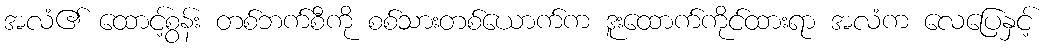
အလံ၏ ထောင့်စွန်း တစ်ဘက်စီကို စစ်သားတစ်ယောက်က ဒူးထောက်ကိုင်ထားရာ အလံက လေပြေနှင့်